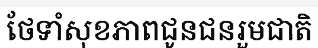
ថែទាំសុខភាពជូនជនរួមជាតិ